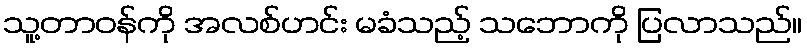
သူ့တာဝန်ကို အလစ်ဟင်း မခံသည့် သဘောကို ပြလာသည်။